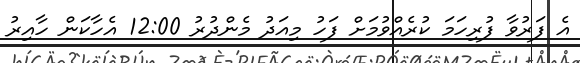
އެ ފަރުވާ ފުރިހަމަ ކުރެއްވުމަށް ފަހު މިއަދު މެންދުރު 12:00 އެހާކަން ހާއިރު